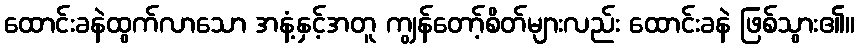
ထောင်းခနဲထွက်လာသော အနံ့နှင့်အတူ ကျွန်တော့်စိတ်များလည်း ထောင်းခနဲ ဖြစ်သွား၏။